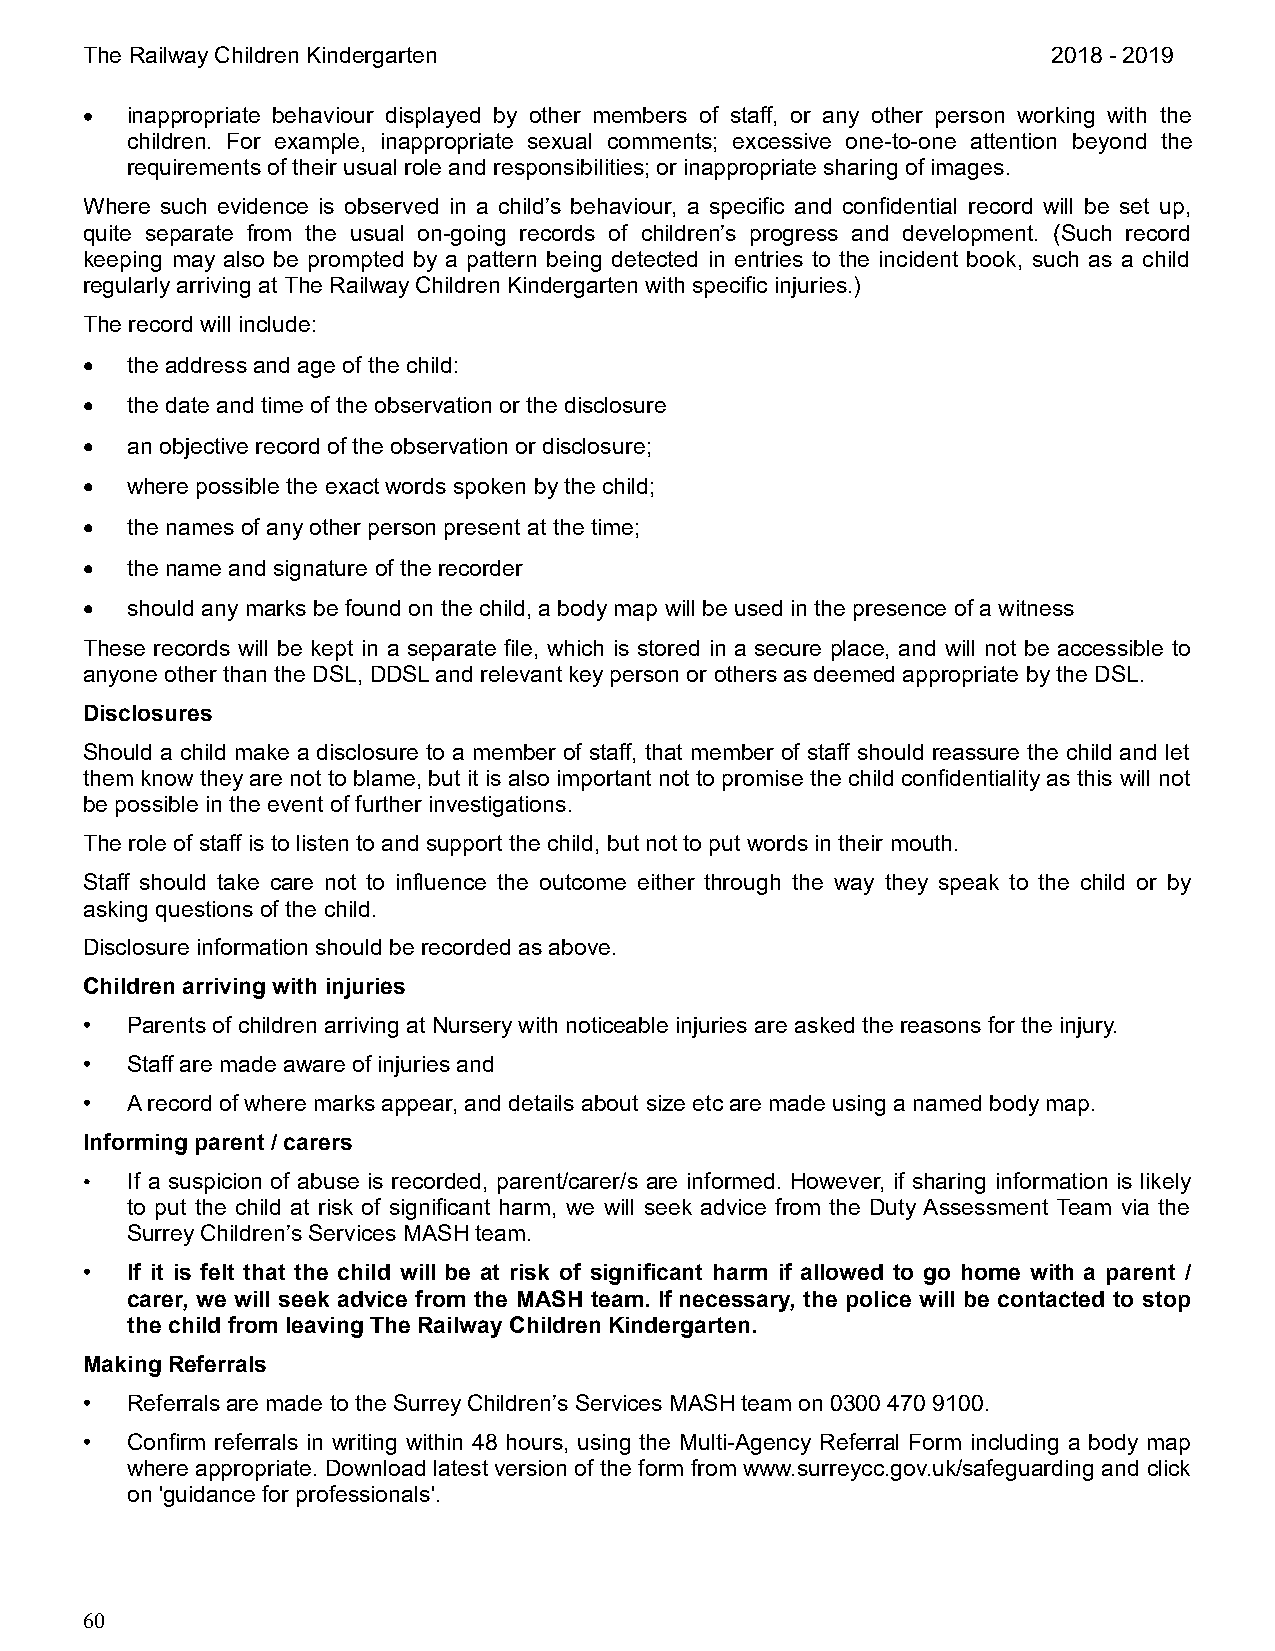
The Railway Children Kindergarten                                2018 - 2019
   inappropriate behaviour displayed by other members of staff, or any other person working with the
 children. For example, inappropriate sexual comments; excessive one-to-one attention beyond the
 requirements of their usual role and responsibilities; or inappropriate sharing of images.
 Where such evidence is observed in a child’s behaviour, a specific and confidential record will be set up,
 quite separate from the usual on-going records of children’s progress and development. (Such record
 keeping may also be prompted by a pattern being detected in entries to the incident book, such as a child
 regularly arriving at The Railway Children Kindergarten with specific injuries.)
 The record will include:
   the address and age of the child:
   the date and time of the observation or the disclosure
   an objective record of the observation or disclosure;
   where possible the exact words spoken by the child;
   the names of any other person present at the time;
   the name and signature of the recorder
   should any marks be found on the child, a body map will be used in the presence of a witness
 These records will be kept in a separate file, which is stored in a secure place, and will not be accessible to
 anyone other than the DSL, DDSL and relevant key person or others as deemed appropriate by the DSL.
 Disclosures
 Should a child make a disclosure to a member of staff, that member of staff should reassure the child and let
 them know they are not to blame, but it is also important not to promise the child confidentiality as this will not
 be possible in the event of further investigations.
 The role of staff is to listen to and support the child, but not to put words in their mouth.
 Staff should take care not to influence the outcome either through the way they speak to the child or by
 asking questions of the child.
 Disclosure information should be recorded as above.
 Children arriving with injuries
 •  Parents of children arriving at Nursery with noticeable injuries are asked the reasons for the injury.
 •  Staff are made aware of injuries and
 •  A record of where marks appear, and details about size etc are made using a named body map.
 Informing parent / carers
 •  If a suspicion of abuse is recorded, parent/carer/s are informed. However, if sharing information is likely
 to put the child at risk of significant harm, we will seek advice from the Duty Assessment Team via the
 Surrey Children’s Services MASH team.
 •  If it is felt that the child will be at risk of significant harm if allowed to go home with a parent /
 carer, we will seek advice from the MASH team. If necessary, the police will be contacted to stop
 the child from leaving The Railway Children Kindergarten.
 Making Referrals
 •  Referrals are made to the Surrey Children’s Services MASH team on 0300 470 9100.
 •  Confirm referrals in writing within 48 hours, using the Multi-Agency Referral Form including a body map
 where appropriate. Download latest version of the form from www.surreycc.gov.uk/safeguarding and click
 on 'guidance for professionals'.
 60